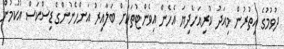
ދުވުމުގެ އިތުރުން މިއަދު ކުރިއަށްދިޔަ އެހެން އިވެންޓުތަކަށް ބަލާއިރު އަންހެނުންގެ ޑިސްކަސް އުކުމުން